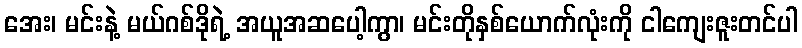
အေး၊ မင်းနဲ့ မယ်ဂစ်ဒိုရဲ့ အယူအဆပေါ့ကွာ၊ မင်းတိုနှစ်ယောက်လုံးကို ငါကျေးဇူးတင်ပါ